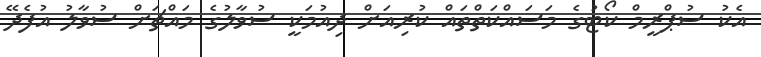
އެކު ސުޕްރީމް ކޯޓުގެ މަސައްކަތްތައް ކުރިއަށް ދިއުމަކީ ސުވާލުގެ މައްޗަށް ސުވާލު އުފެދޭ